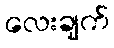
လေးချက်